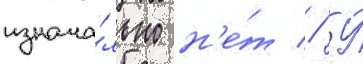
изнача́льно н'е́т // У́